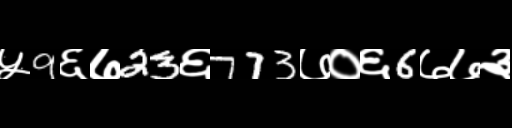
Text: ५9६७23६773७०६6७७३